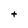
Character: t